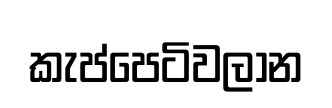
කැප්පෙටිවලාන